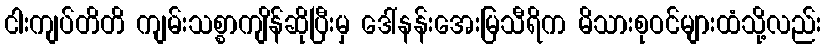
ငါးကျပ်တိတိ ကျမ်းသစ္စာကျိန်ဆိုပြီးမှ ဒေါ်နန်းအေးမြသီရိက မိသားစုဝင်များထံသို့လည်း